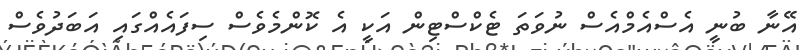
އޭނާ ބުނީ އެސްއެމްއެސް ނުވަތަ ޓެކްސްޓިން އަކީ އެ ކޮންމެވެސް ސިފައެއްގައި އަބަދުވެސް